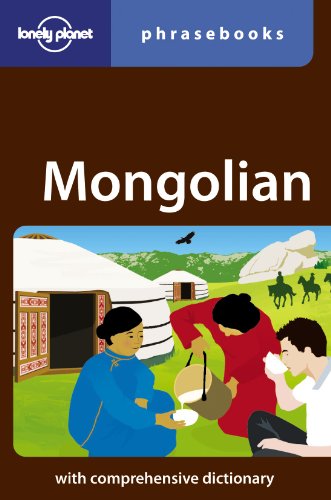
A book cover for Mongolian: Lonely Planet Phrasebook; Alan J. K. Sanders; Travel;